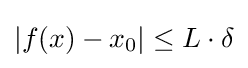
|f(x)-x_{0}|\leq L\cdot \delta